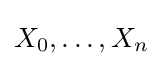
X_{0},\dots ,X_{n}